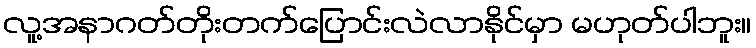
လူ့အနာဂတ်တိုးတက်ပြောင်းလဲလာနိုင်မှာ မဟုတ်ပါဘူး။